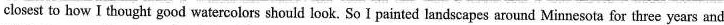
closest to how I thought good watercolors should look. So I painted landscapes around Minnesota for three years and